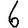
Digit: 6